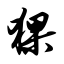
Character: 猓